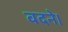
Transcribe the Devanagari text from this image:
वदने।